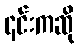
၎င်းကဆို